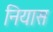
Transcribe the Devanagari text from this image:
नियास